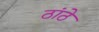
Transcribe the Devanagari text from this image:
ठांठे